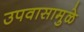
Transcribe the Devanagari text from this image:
उपवासामुळे